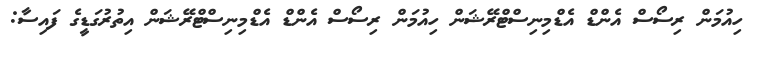
ހިއުމަން ރިސޯސް އެންޑް އެޑްމިނިސްޓްރޭޝަން ހިއުމަން ރިސޯސް އެންޑް އެޑްމިނިސްޓްރޭޝަން އިތުރުގަޑީގެ ފައިސާ: